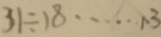
3 1 \div 1 8 \cdots 1 3